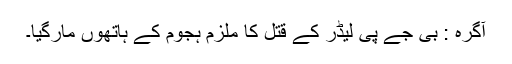
آگرہ : بی جے پی لیڈر کے قتل کا ملزم ہجوم کے ہاتھوں مارگیا۔